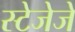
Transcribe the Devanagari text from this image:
स्टेजेजे